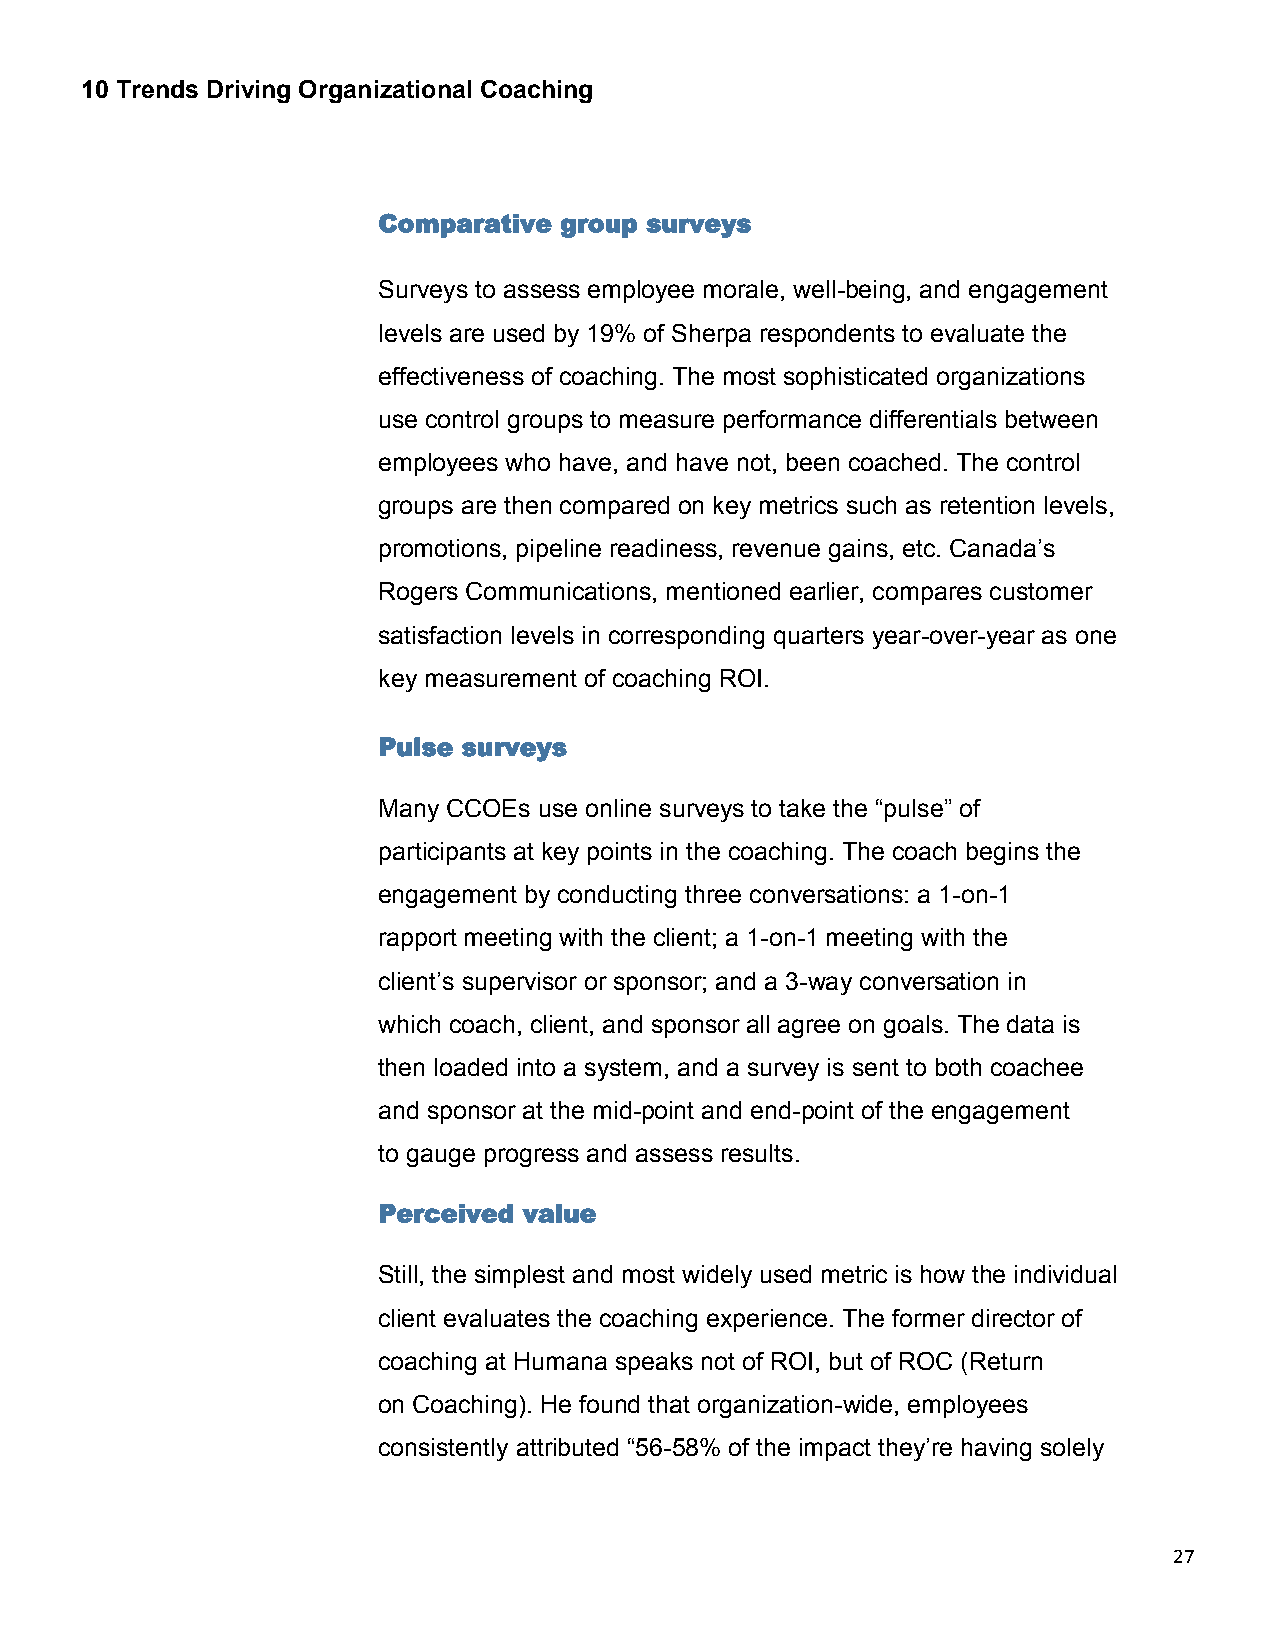
10 Trends Driving Organizational Coaching
 Comparative group surveys
 Surveys to assess employee morale, well-being, and engagement
 levels are used by 19% of Sherpa respondents to evaluate the
 effectiveness of coaching. The most sophisticated organizations
 use control groups to measure performance differentials between
 employees who have, and have not, been coached. The control
 groups are then compared on key metrics such as retention levels,
 promotions, pipeline readiness, revenue gains, etc. Canada’s
 Rogers Communications, mentioned earlier, compares customer
 satisfaction levels in corresponding quarters year-over-year as one
 key measurement of coaching ROI.
 Pulse surveys
 Many CCOEs use online surveys to take the “pulse” of
 participants at key points in the coaching. The coach begins the
 engagement by conducting three conversations: a 1-on-1
 rapport meeting with the client; a 1-on-1 meeting with the
 client’s supervisor or sponsor; and a 3-way conversation in
 which coach, client, and sponsor all agree on goals. The data is
 then loaded into a system, and a survey is sent to both coachee
 and sponsor at the mid-point and end-point of the engagement
 to gauge progress and assess results.
 Perceived value
 Still, the simplest and most widely used metric is how the individual
 client evaluates the coaching experience. The former director of
 coaching at Humana speaks not of ROI, but of ROC (Return
 on Coaching). He found that organization-wide, employees
 consistently attributed “56-58% of the impact they’re having solely
 27